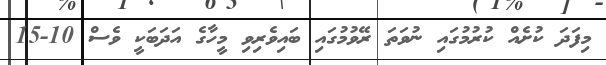
މިފަދަ ކުށެއް ކުރުމުގައި ނުވަތަ ރޭވުމުގައި ބައިވެރިވި މީހާގެ އަދަބަކީ ވެސް 10-15